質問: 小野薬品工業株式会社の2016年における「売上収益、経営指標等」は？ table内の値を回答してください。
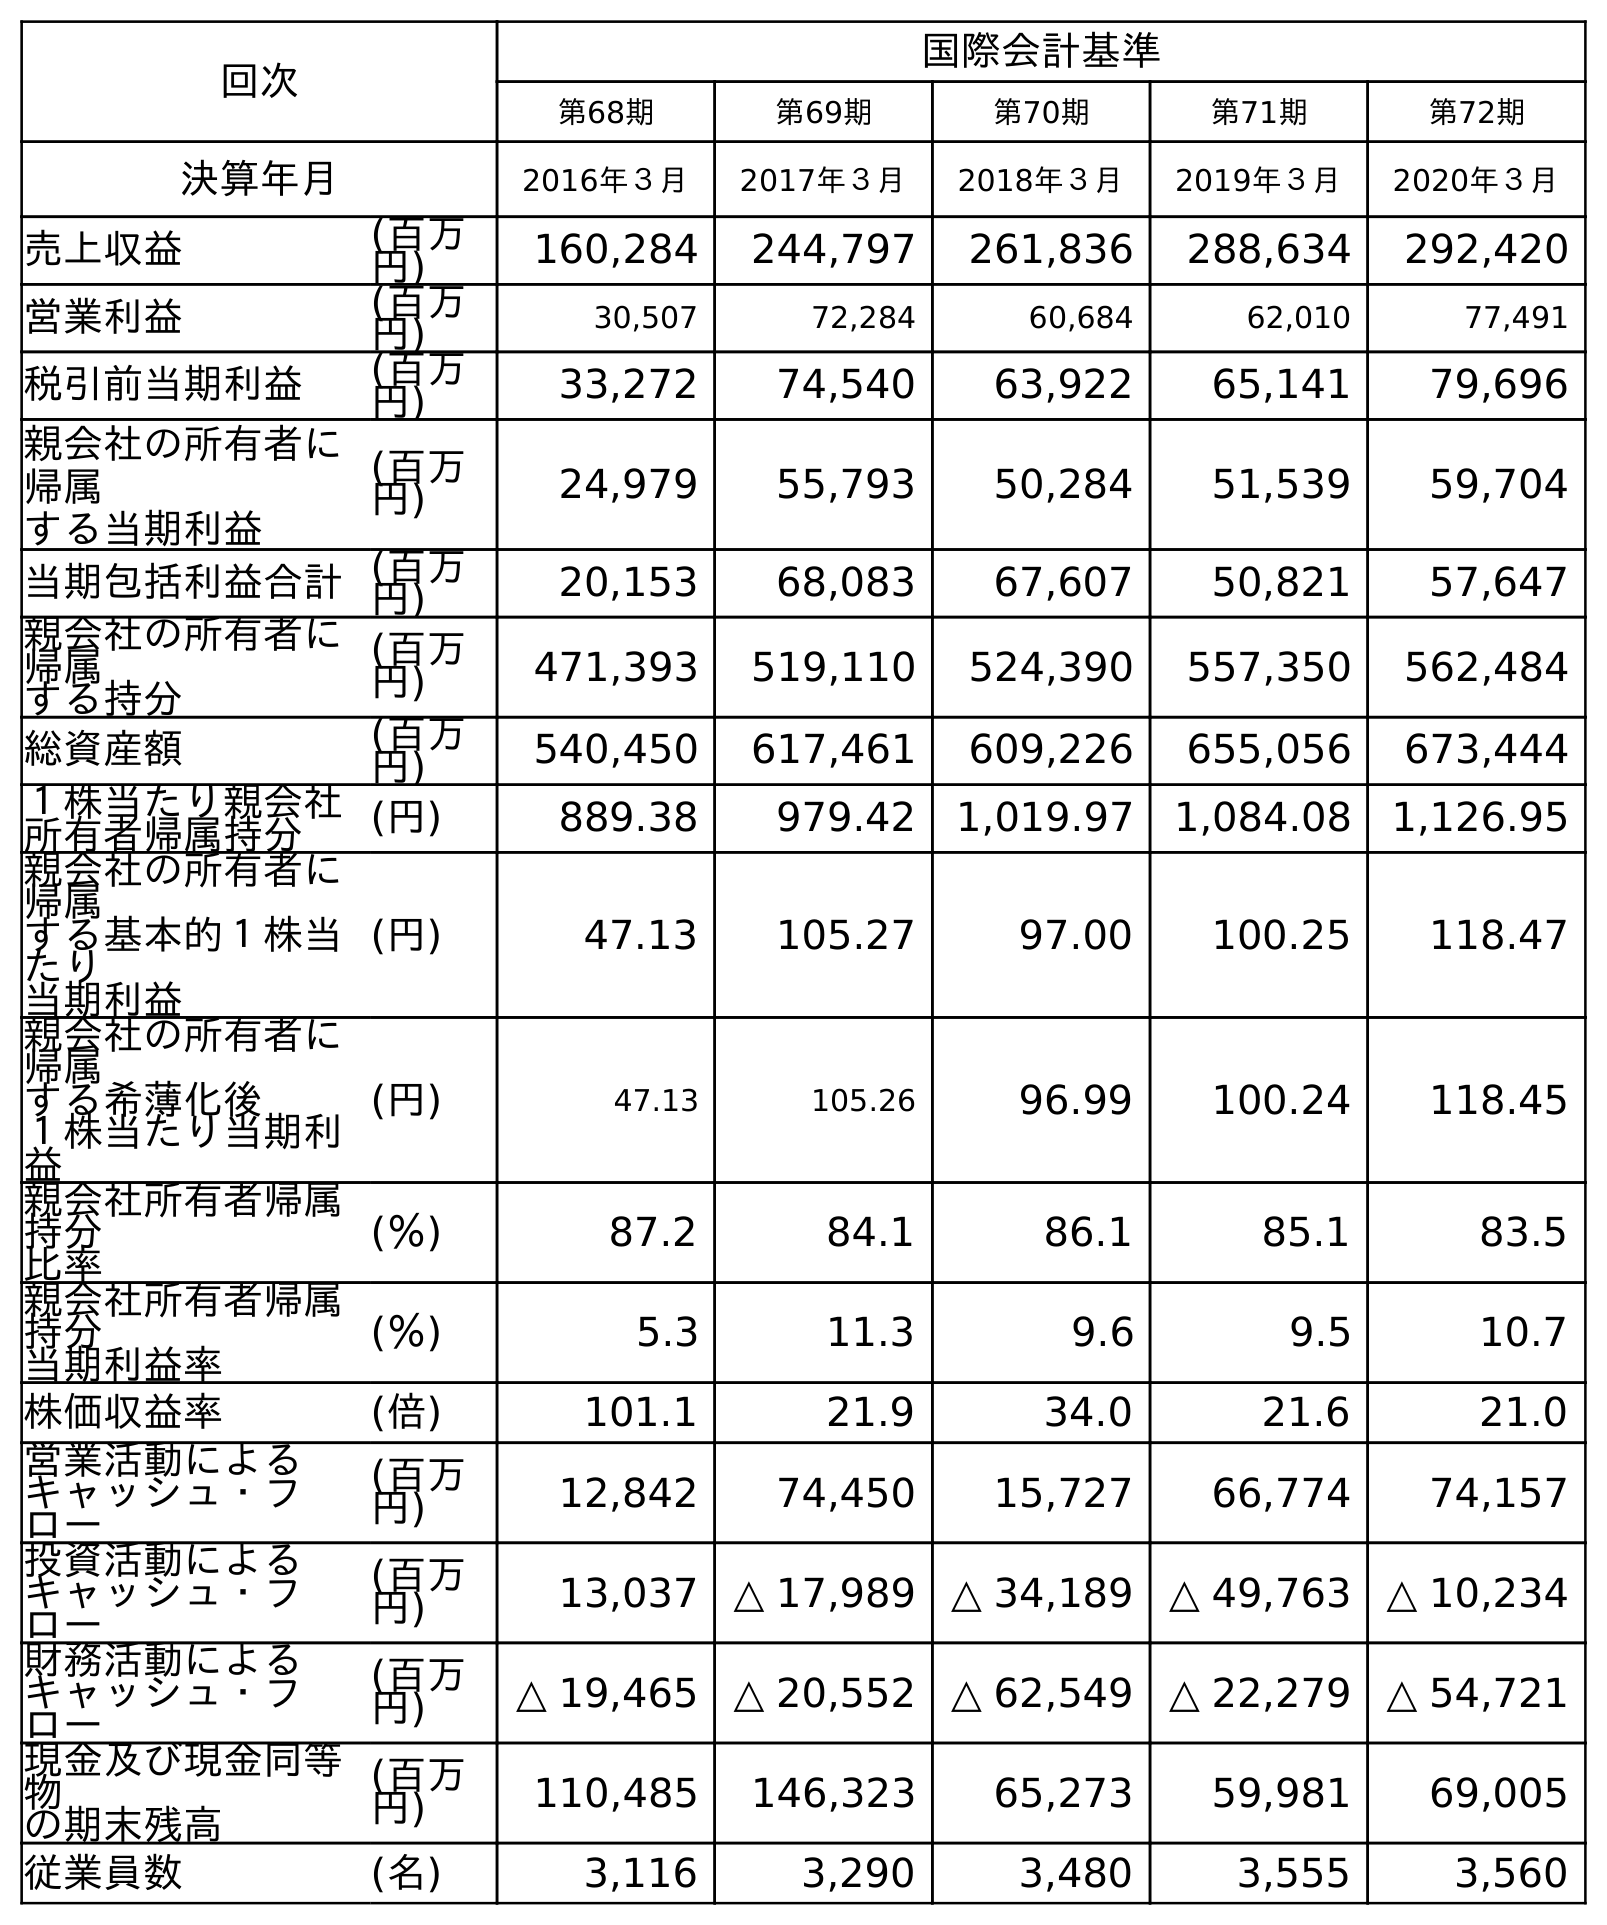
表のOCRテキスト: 回次 国際会計基準 第68期 第69期 第70期 第71期 第72期 決算年月 2016年３月 2017年３月 2018年３月 2019年３月 2020年３月 売上収益 (百万 円) 160,284 244,797 261,836 288,634 292,420 営業利益 (百万 円) 30,507 72,284 60,684 62,010 77,491 税引前当期利益 (百万 円) 33,272 74,540 63,922 65,141 79,696 親会社の所有者に 帰属 する当期利益 (百万 円) 24,979 55,793 50,284 51,539 59,704 当期包括利益合計(百万 円) 20,153 68,083 67,607 50,821 57,647 親会社の所有者に 帰属 する持分 (百万 円) 471,393 519,110 524,390 557,350 562,484 総資産額 (百万 円) 540,450 617,461 609,226 655,056 673,444 １株当たり親会社 所有者帰属持分 (円) 889.38 979.42 1,019.97 1,084.08 1,126.95 親会社の所有者に 帰属 する基本的１株当 たり 当期利益 (円) 47.13 105.27 97.00 100.25 118.47 親会社の所有者に 帰属 する希薄化後 １株当たり当期利 益 (円) 47.13 105.26 96.99 100.24 118.45 親会社所有者帰属 持分 比率 (％) 87.2 84.1 86.1 85.1 83.5 親会社所有者帰属 持分 当期利益率 (％) 5.3 11.3 9.6 9.5 10.7 株価収益率 (倍) 101.1 21.9 34.0 21.6 21.0 営業活動による キャッシュ・フ ロー (百万 円) 12,842 74,450 15,727 66,774 74,157 投資活動による キャッシュ・フ ロー (百万 円) 13,037 △ 17,989 △ 34,189 △ 49,763 △ 10,234 財務活動による キャッシュ・フ ロー (百万 円) △ 19,465 △ 20,552 △ 62,549 △ 22,279 △ 54,721 現金及び現金同等 物 の期末残高 (百万 円) 110,485 146,323 65,273 59,981 69,005 従業員数 (名) 3,116 3,290 3,480 3,555 3,560
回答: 160,284